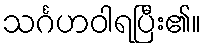
သင်္ဂဟဝါရပြီး၏။